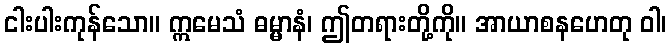
ငါးပါးကုန်သော။ ဣမေသံ ဓမ္မာနံ၊ ဤတရားတို့ကို။ အာယာစနဟေတု ဝါ၊